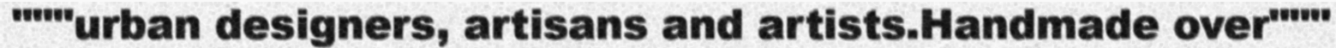
"""urban designers, artisans and artists.Handmade over"""